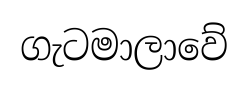
ගැටමාලාවේ